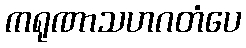
ကရုဏာသဟဂတံပေ